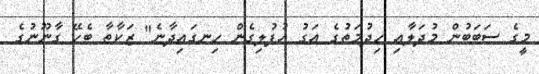
މީގެ ސަބަބުން މުދަލާއި ހިދުމަތުގެ އަގު އުފުލިގެން ހިނގައިދާނެ" ޒަކާތާ ބެހޭ ގާނޫނުގެ